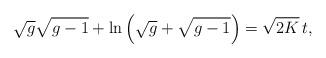
LaTeX: \begin{align*}\sqrt g \sqrt{g-1}+\ln \left(\sqrt g +\sqrt{g-1}\right)=\sqrt{2K}\, t,\end{align*}